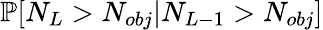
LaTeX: \mathbb{P}[N_{L}>N_{obj}|N_{L-1}>N_{obj}]